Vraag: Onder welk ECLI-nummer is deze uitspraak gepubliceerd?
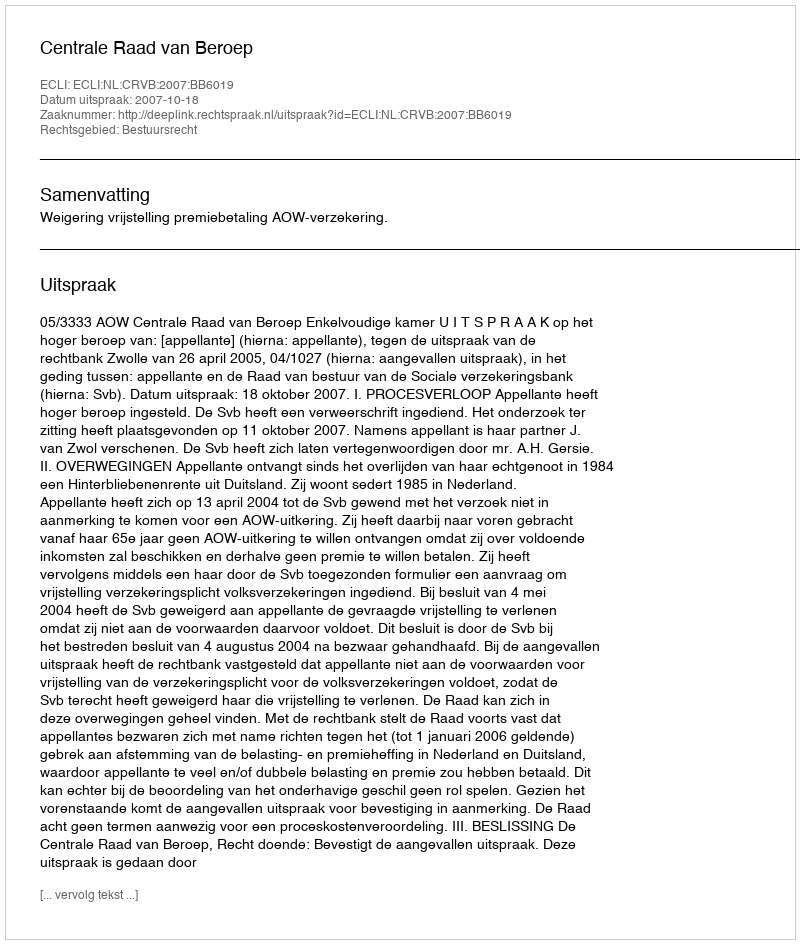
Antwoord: ECLI:NL:CRVB:2007:BB6019